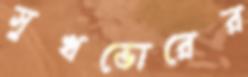
সুখভোরের